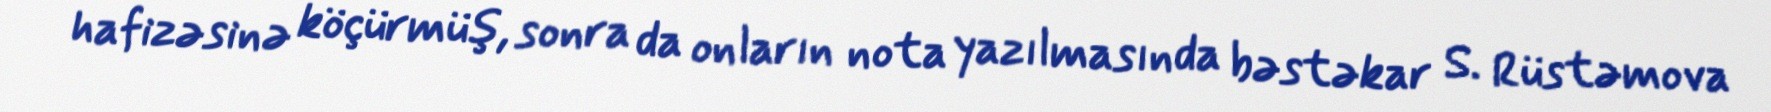
hafizəsinə köçürmüş, sonra da onların nota yazılmasında bəstəkar S. Rüstəmova